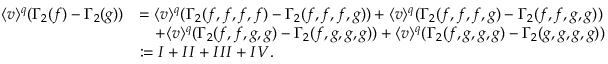
\begin{array} { r l } { \langle v \rangle ^ { q } ( \Gamma _ { 2 } ( f ) - \Gamma _ { 2 } ( g ) ) } & { = \langle v \rangle ^ { q } ( \Gamma _ { 2 } ( f , f , f , f ) - \Gamma _ { 2 } ( f , f , f , g ) ) + \langle v \rangle ^ { q } ( \Gamma _ { 2 } ( f , f , f , g ) - \Gamma _ { 2 } ( f , f , g , g ) ) } \\ & { \quad + \langle v \rangle ^ { q } ( \Gamma _ { 2 } ( f , f , g , g ) - \Gamma _ { 2 } ( f , g , g , g ) ) + \langle v \rangle ^ { q } ( \Gamma _ { 2 } ( f , g , g , g ) - \Gamma _ { 2 } ( g , g , g , g ) ) } \\ & { : = I + I I + I I I + I V . } \end{array}